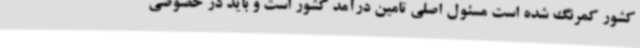
کشور کمرنگ شده است مسئول اصلی تامین درآمد کشور است و باید در خصوصی